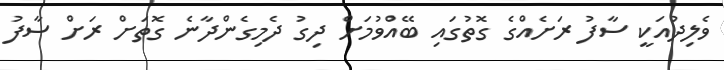
ވެލިދުއަކީ ސާފު ރަށެއްގެ ގޮތުގައި ބޭއްުވުމަށް ދިގު ދެމިގެންދާނެ ގޮތަށް ރަށް ސާފު